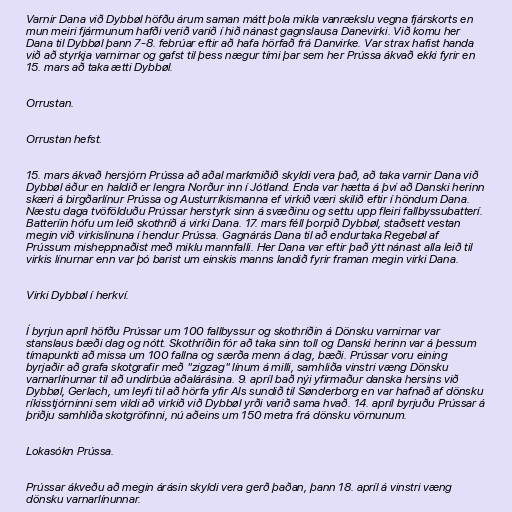
Varnir Dana við Dybbøl höfðu árum saman mátt þola mikla vanrækslu vegna fjárskorts en
mun meiri fjármunum hafði verið varið í hið nánast gagnslausa Danevirki. Við komu her
Dana til Dybbøl þann 7-8. febrúar eftir að hafa hörfað frá Danvirke. Var strax hafist handa
við að styrkja varnirnar og gafst til þess nægur tími þar sem her Prússa ákvað ekki fyrir en
15. mars að taka ætti Dybbøl.

Orrustan.

Orrustan hefst.

15. mars ákvað hersjórn Prússa að aðal markmiðið skyldi vera það, að taka varnir Dana við
Dybbøl áður en haldið er lengra Norður inn í Jótland. Enda var hætta á því að Danski herinn
skæri á birgðarlínur Prússa og Austurríkismanna ef virkið væri skilið eftir í höndum Dana.
Næstu daga tvöfölduðu Prússar herstyrk sinn á svæðinu og settu upp fleiri fallbyssubatterí.
Batteríin hófu um leið skothríð á virki Dana. 17. mars féll þorpið Dybbøl, staðsett vestan
megin við virkislínuna í hendur Prússa. Gagnárás Dana til að endurtaka Regebøl af
Prússum misheppnaðist með miklu mannfalli. Her Dana var eftir það ýtt nánast alla leið til
virkis línurnar enn var þó barist um einskis manns landið fyrir framan megin virki Dana.

Virki Dybbøl í herkví.

Í byrjun apríl höfðu Prússar um 100 fallbyssur og skothríðin á Dönsku varnirnar var
stanslaus bæði dag og nótt. Skothríðin fór að taka sinn toll og Danski herinn var á þessum
tímapunkti að missa um 100 fallna og særða menn á dag, bæði. Prússar voru eining
byrjaðir að grafa skotgrafir með "zigzag" línum á milli, samhliða vinstri væng Dönsku
varnarlínurnar til að undirbúa aðalárásina. 9. apríl bað nýi yfirmaður danska hersins við
Dybbøl, Gerlach, um leyfi til að hörfa yfir Als sundið til Sønderborg en var hafnað af dönsku
ríkisstjórninni sem vildi að virkið við Dybbøl yrði varið sama hvað. 14. apríl byrjuðu Prússar á
þriðju samhliða skotgröfinni, nú aðeins um 150 metra frá dönsku vörnunum.

Lokasókn Prússa.

Prússar ákveðu að megin árásin skyldi vera gerð þaðan, þann 18. apríl á vinstri væng
dönsku varnarlínunnar.